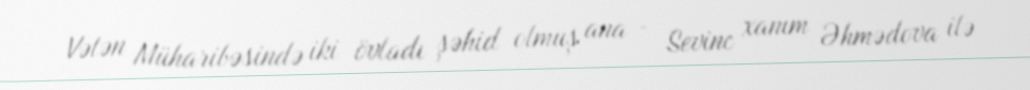
Vətən Müharibəsində iki övladı şəhid olmuş ana - Sevinc xanım Əhmədova ilə